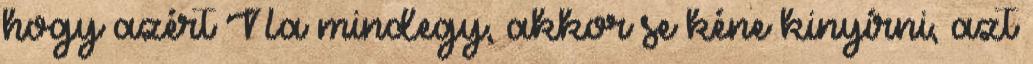
hogy azért Na mindegy, akkor se kéne kinyírni, azt